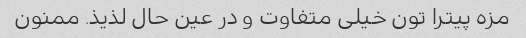
مزه پیترا تون خیلی متفاوت و در عین حال لذیذ. ممنون